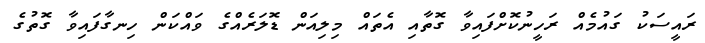
ރައީސަކު ގައުމެއް ރަހީނުކޮށްފައިވާ ގޮތާއި އެތައް މިލިއަން ޑޮލަރެއްގެ ވައްކަން ހިނގާފައިވާ ގޮތުގެ